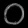
Digit: ၀